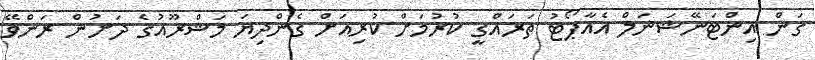
ގަން އިންޓަނޭޝަނަލް އެއާޕޯޓު ތަރައްގީ ކުރުމަށް ކުރިއަށް ގެންދިޔަ މަޝްރޫއުގެ ދަށުން ރަންވޭ